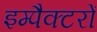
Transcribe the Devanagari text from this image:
इम्पैक्टरों